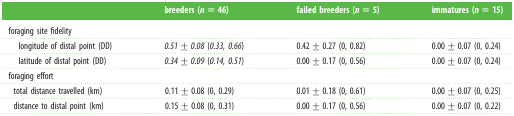
<table><thead><tr><td></td><td><b>breeders (<i>n</i> = 46)</b></td><td><b>failed breeders (<i>n</i> = 5)</b></td><td><b>immatures (<i>n</i> = 15)</b></td></tr></thead><tbody><tr><td>foraging site fidelity</td><td></td><td></td><td></td></tr><tr><td> longitude of distal point (DD)</td><td><i>0.51 ± 0.08</i> (<i>0.33, 0.66</i>)</td><td>0.42 ± 0.27 (0, 0.82)</td><td>0.00 ± 0.07 (0, 0.24)</td></tr><tr><td> latitude of distal point (DD)</td><td><i>0.34 ± 0.09</i> (<i>0.14, 0.51</i>)</td><td>0.00 ± 0.17 (0, 0.56)</td><td>0.00 ± 0.07 (0, 0.24)</td></tr><tr><td colspan="4">foraging effort</td></tr><tr><td> total distance travelled (km)</td><td>0.11 ± 0.08 (0, 0.29)</td><td>0.01 ± 0.18 (0, 0.61)</td><td>0.00 ± 0.07 (0, 0.25)</td></tr><tr><td> distance to distal point (km)</td><td>0.15 ± 0.08 (0, 0.31)</td><td>0.00 ± 0.17 (0, 0.56)</td><td>0.00 ± 0.07 (0, 0.22)</td></tr></tbody></table>